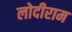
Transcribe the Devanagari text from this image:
लोदीराम